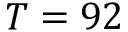
T = 9 2